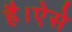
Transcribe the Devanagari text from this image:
है।ऐसे